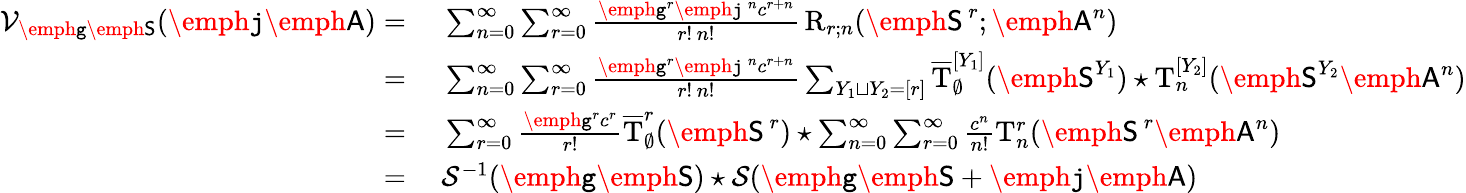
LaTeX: \begin{array}{rl}{\mathcal{V}_{\emph{\texttt{g}}\emph{\textsf{S}}}(\emph{\texttt{j}}\, \! \emph{\textsf{A}})=}&{\ \sum_{n=0}^{\infty}\sum_{r=0}^{\infty}\frac{\emph{\texttt{g}}^{r}\emph{\texttt{j}}\, ^{n}c^{r+n}}{r!\, n!}\, \mathrm{R}_{r;n}(\emph{\textsf{S}}^{\, r};\emph{\textsf{A}}^{n})}\\ {=}&{\ \sum_{n=0}^{\infty}\sum_{r=0}^{\infty}\frac{\emph{\texttt{g}}^{r}\emph{\texttt{j}}\, ^{n}c^{r+n}}{r!\, n!}\sum_{Y_{1}\sqcup Y_{2}=[r]}\overline{{\mathrm{T}}}_{\emptyset}^{[Y_{1}]}(\emph{\textsf{S}}^{Y_{1}})\star\mathrm{T}_{n}^{[Y_{2}]}(\emph{\textsf{S}}^{Y_{2}}\emph{\textsf{A}}^{n})}\\ {=}&{\ \sum_{r=0}^{\infty}\frac{\emph{\texttt{g}}^{r}c^{r}}{r!}\overline{{\mathrm{T}}}_{\emptyset}^{r}(\emph{\textsf{S}}^{\, r})\star\sum_{n=0}^{\infty}\sum_{r=0}^{\infty}\frac{c^{n}}{n!}\mathrm{T}_{n}^{r}(\emph{\textsf{S}}^{\, r}\emph{\textsf{A}}^{n})}\\ {=}&{\ \mathcal{S}^{-1}(\emph{\texttt{g}}\emph{\textsf{S}})\star\mathcal{S}(\emph{\texttt{g}}\emph{\textsf{S}}+\emph{\texttt{j}}\, \! \emph{\textsf{A}})}\end{array}